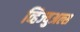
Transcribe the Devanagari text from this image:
व्हिज्युअल्स